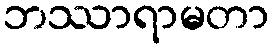
ဘဿာရာမတာ